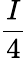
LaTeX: \frac{I}{4}